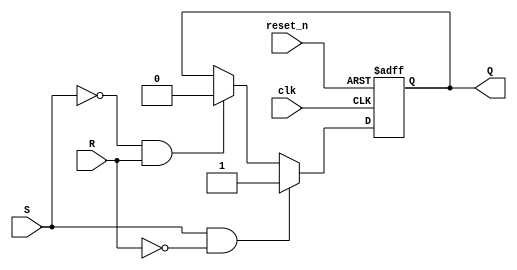
module sr_flip_flop (
    input wire clk,
    input wire reset_n,
    input wire S,
    input wire R,
    output reg Q
);

always @(posedge clk or negedge reset_n) begin
    if (~reset_n) begin
        Q <= 1'b0;  // Reset state
    end else begin
        if (S & ~R) begin
            Q <= 1'b1;  // Set state
        end else if (~S & R) begin
            Q <= 1'b0;  // Reset state
        end
    end
end

endmodule